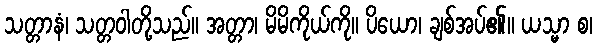
သတ္တာနံ၊ သတ္တဝါတို့သည်။ အတ္တာ၊ မိမိကိုယ်ကို။ ပိယော၊ ချစ်အပ်၏။ ယသ္မာ စ၊